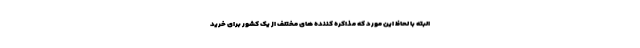
البته با لحاظ این مورد که مذاکره کننده های مختلف از یک کشور برای خرید